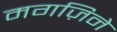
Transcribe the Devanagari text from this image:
मगज़िने